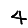
Digit: 4